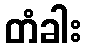
တံခါး